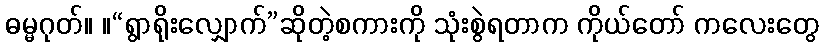
ဓမ္မဂုတ်။ ။“ရွာရိုးလျှောက်”ဆိုတဲ့စကားကို သုံးစွဲရတာက ကိုယ်တော် ကလေးတွေ